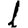
Digit: 1